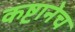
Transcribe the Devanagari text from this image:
कष्टानेच